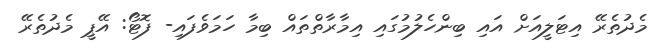
މެދުތެރޭ އިޓަލީއަށް އައި ބިންހެލުމުގައި އިމާރާތްތައް ބިމާ ހަމަވެފައި- ފޮޓޯ: އޭޕީ މެދުތެރޭ